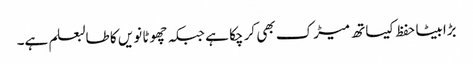
بڑابیٹا حفظ کیساتھ میڑک بھی کر چکا ہے جبکہ چھوٹا نویں کا طالبعلم ہے۔